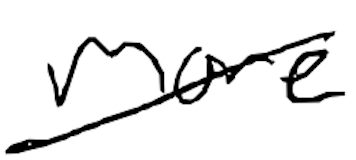
Text: more
Cross-out: diagonal
Writing tool: digital_black